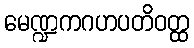
မေဏ္ဍကဂဟပတိဝတ္ထ